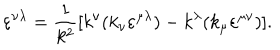
\varepsilon ^ { \nu \lambda } = \frac { 1 } { k ^ { 2 } } [ k ^ { \nu } ( k _ { \nu } \varepsilon ^ { \mu \lambda } ) - k ^ { \lambda } ( k _ { \mu } \varepsilon ^ { \mu \nu } ) ] .